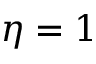
\eta = 1